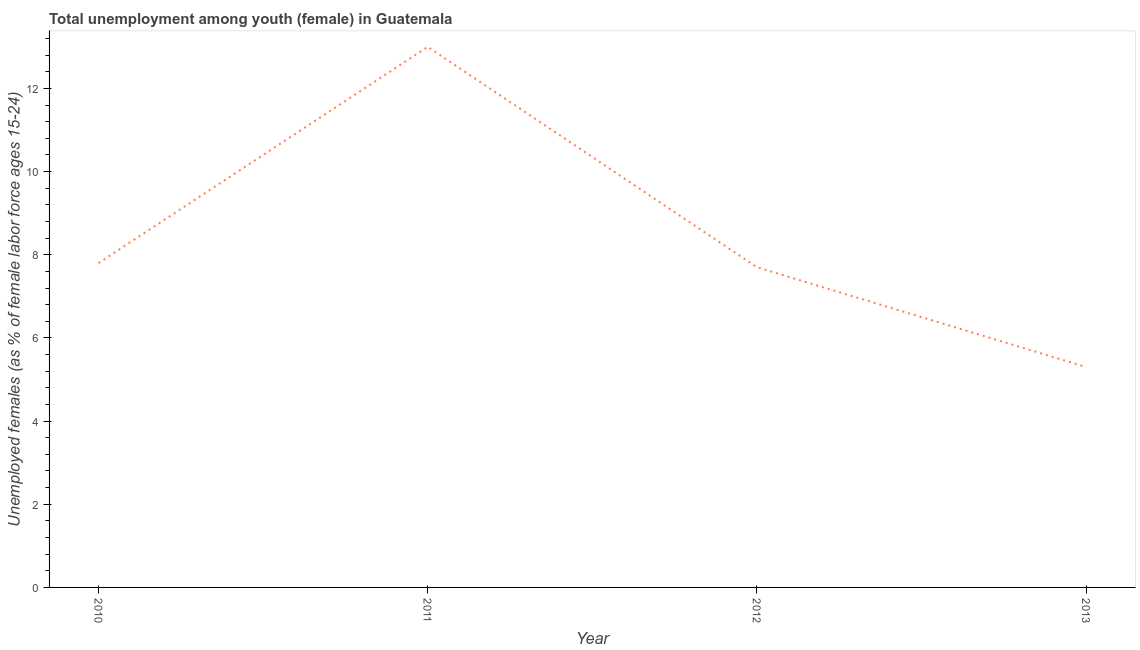
| Year | Unemployment |
 | --- | --- |
 | 2010 | 7.8 |
 | 2011 | 13 |
 | 2012 | 7.7 |
 | 2013 | 5.3 |